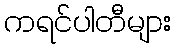
ကရင်ပါတီများ